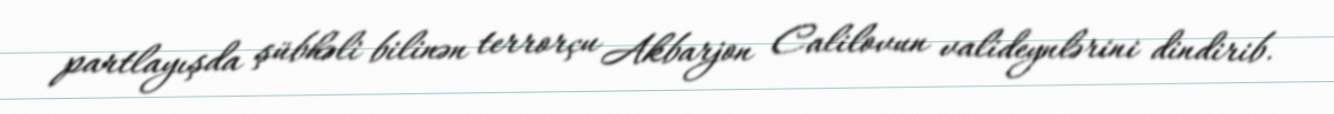
partlayışda şübhəli bilinən terrorçu Akbarjon Calilovun valideynlərini dindirib.